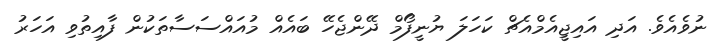
ނުވެއެވެ. އަދި އައިޖީއެމްއެޗް ކަހަލަ ޔުނީފޯމް ދޭންޖެހޭ ބައެއް މުއައްސަސާތަކުން ފާއިތުވި އަހަރު